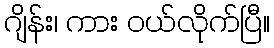
ဂျိန်း၊ ကား ဝယ်လိုက်ပြီ။